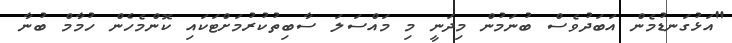
"އަޅުގަނޑުމެން އަބަދުވެސް ބުނަމުން މިދަނީ މި މައްސަލަ ސާބިތުކުރުމަށްޓަކައި ކޮންމެހެން ހުމާމް ބުނާ